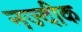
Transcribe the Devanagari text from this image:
नज्दीक